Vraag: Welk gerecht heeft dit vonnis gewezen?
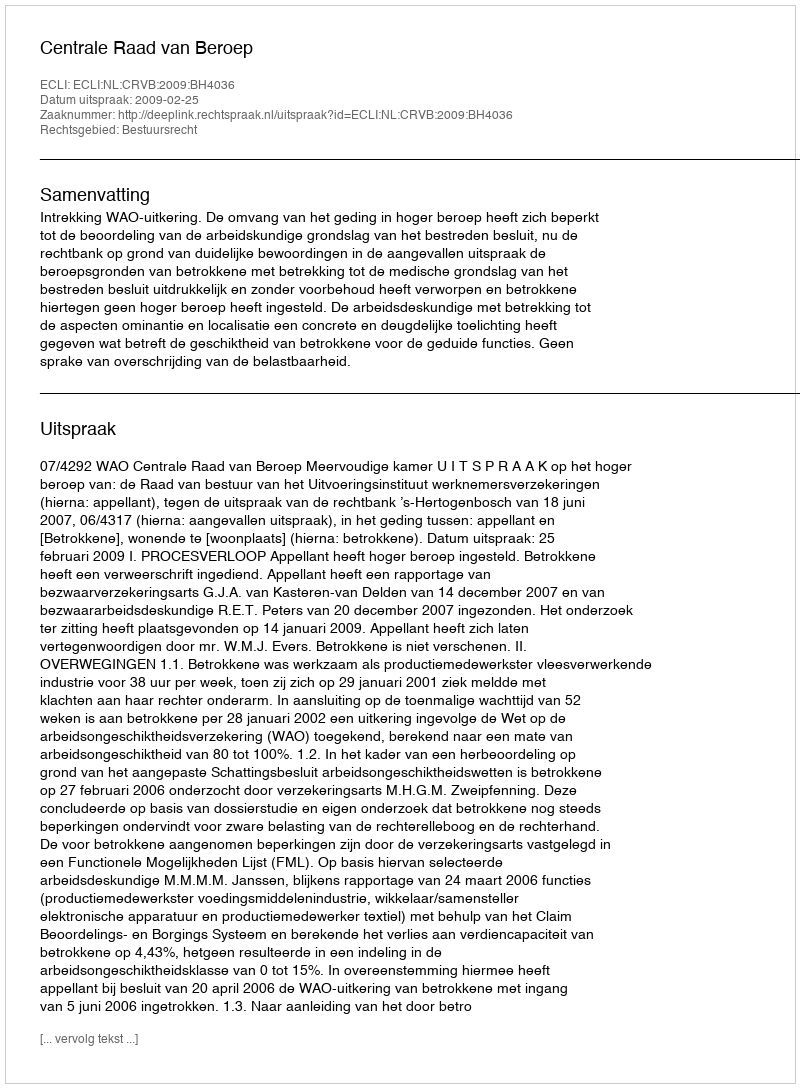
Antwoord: Centrale Raad van Beroep